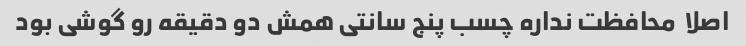
اصلا  محافظت نداره چسب پنج سانتی همش دو دقیقه رو گوشی بود